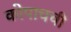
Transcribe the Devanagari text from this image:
कोपाचची